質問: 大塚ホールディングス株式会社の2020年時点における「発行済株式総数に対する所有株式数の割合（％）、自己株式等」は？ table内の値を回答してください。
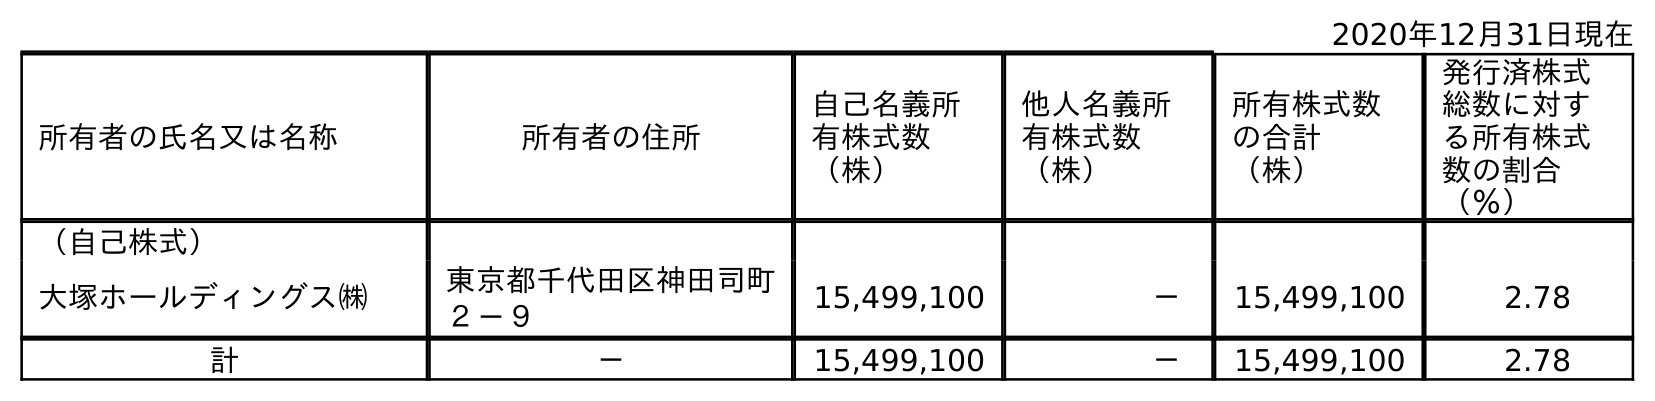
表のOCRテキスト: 2020年12月31日現在 所有者の氏名又は名称 所有者の住所 自己名義所 有株式数 （株） 他人名義所 有株式数 （株） 所有株式数 の合計 （株） 発行済株式 総数に対す る所有株式 数の割合 （％） （自己株式） 大塚ホールディングス㈱ 東京都千代田区神田司町 ２－９ 15,499,100 － 15,499,100 2.78 計 － 15,499,100 － 15,499,100 2.78
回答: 2.78